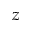
z